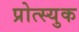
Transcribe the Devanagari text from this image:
प्रोत्स्युक